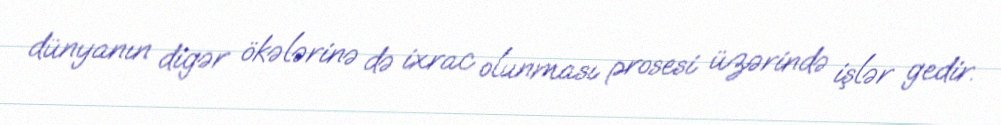
dünyanın digər ökələrinə də ixrac olunması prosesi üzərində işlər gedir.